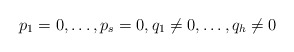
\begin{align*}p_1 = 0, \ldots, p_s = 0, q_1 \neq 0, \ldots, q_h \neq 0\end{align*}